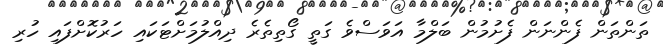
ތަންތަން ފެންނަން ފެށުމުން ބަލްމާ އަވަސްވެ ގަތީ ގޯތިތެރެ ދިއްލުމަށްޓަކައި ހަރުކޮށްފައި ހުރި